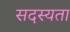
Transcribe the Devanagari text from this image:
सदस्यता